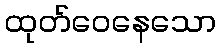
ထုတ်ဝေနေသော